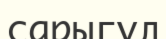
сарыгүл